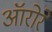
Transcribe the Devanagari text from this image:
ऑरोरे